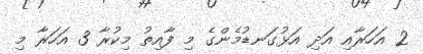
2 އަހަރާއި އަދި އަޅުގަނޑުމެންގެ މި ފާއިތު މިކުރާ 3 އަހަރާ މި